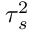
\boldsymbol { \tau } _ { s } ^ { 2 }